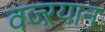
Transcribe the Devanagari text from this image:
वज्ऱयान